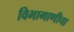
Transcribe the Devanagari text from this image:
विभागाणीचा